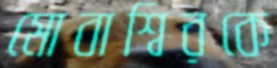
মোবাশ্বিরকে